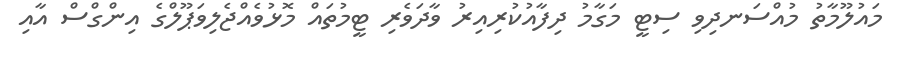
މައުލޫމާތު މުއްސަނދިވި ސިޓީ މަގާމު ދިފާއުކުރިއިރު ވާދަވެރި ޓީމުތައް މޮޅުވެއްޖެލިވަޕޫލްގެ އިންގްސް އާއި